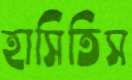
হাসিতিস